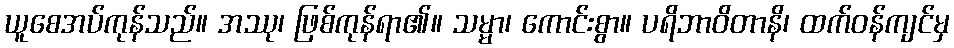
ယူစေအပ်ကုန်သည်။ အဿု၊ ဖြစ်ကုန်ရာ၏။ သမ္မာ၊ ကောင်းစွာ။ ပရိဘာဝိတာနိ၊ ထက်ဝန်ကျင်မှ